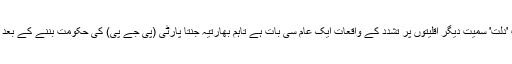
یاد رہے کہ ہندوستان میں ہندووٴں کی نچلی ذات 'دلت' سمیت دیگر اقلیتوں پر تشدد کے واقعات ایک عام سی بات ہے تاہم بھارتیہ جنتا پارٹی (پی جے پی) کی حکومت بننے کے بعد حالیہ کچھ عرصے میں اس میں اضافہ ہوا ہے۔